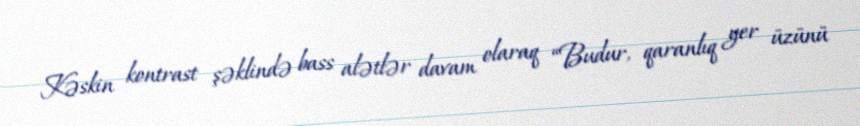
Kəskin kontrast şəklində bass alətlər davam olaraq “Budur, qaranlıq yer üzünü